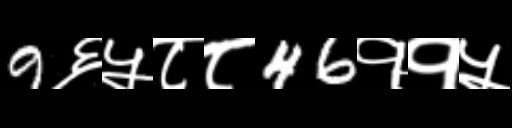
Text: 9६५८८46११५